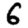
Digit: 6